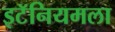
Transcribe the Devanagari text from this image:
इटॅनियमला